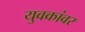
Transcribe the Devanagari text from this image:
युवकांवर